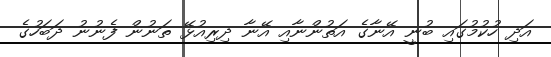
އަދި ހުކުމުގައި ބުނީ އޭނާގެ އަތުންނާއި އޭނާ ދިރިއުޅޭ ތަނުން ފެނުނު ދަބަހުގެ